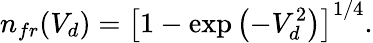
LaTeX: n_{fr}(V_{d})=\left[1-\exp\left(-V_{d}^{2}\right)\right]^{1/4}.